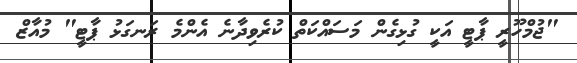
"ޖުމްހޫރީ ޕާޓީ އަކީ ގުޅިގެން މަސައްކަތް ކުރެވިދާނެ އެންމެ ރަނގަޅު ޕާޓީ" މުއާޒް